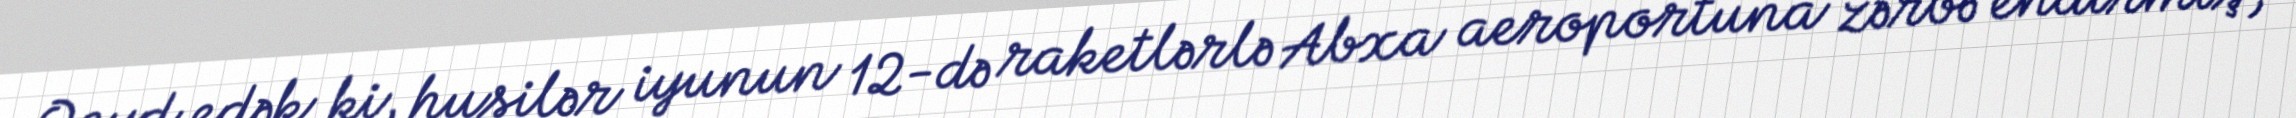
Qeyd edək ki, husilər iyunun 12-də raketlərlə Abxa aeroportuna zərbə endirmiş,